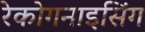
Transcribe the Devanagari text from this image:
रेकोगनाइसिंग